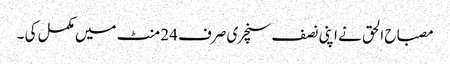
مصباح الحق نے اپنی نصف سنچری صرف 24 منٹ میں مکمل کی ۔